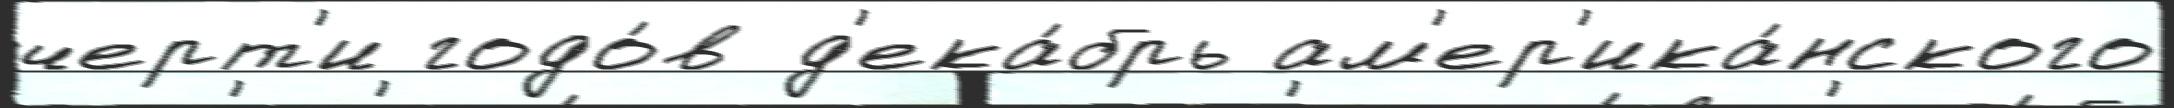
черт'и годо́в д'ека́брь ам'ер'ика́нского